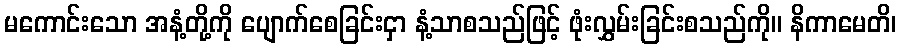
မကောင်းသော အနံ့တို့ကို ပျောက်စေခြင်းငှာ နံ့သာစသည်ဖြင့် ဖုံးလွှမ်းခြင်းစသည်ကို။ နိကာမေတိ၊